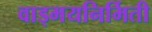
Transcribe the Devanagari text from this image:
वाड्मयनिर्मिती